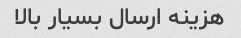
هزینه ارسال بسیار بالا